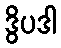
ဒွိပဒါ